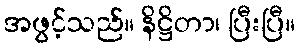
အဖွင့်သည်။ နိဋ္ဌိတာ၊ ပြီးပြီ။